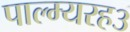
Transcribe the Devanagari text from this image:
पाल्म्यरह३